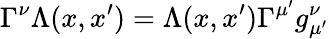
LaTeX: \Gamma^{\nu}\Lambda(x,x^{\prime})=\Lambda(x,x^{\prime})\Gamma^{\mu^{\prime}}g_{\mu^{\prime}}^{\nu}